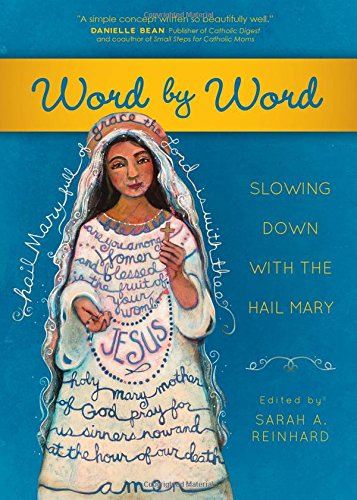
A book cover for Word by Word: Slowing Down with the Hail Mary; Christian Books & Bibles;